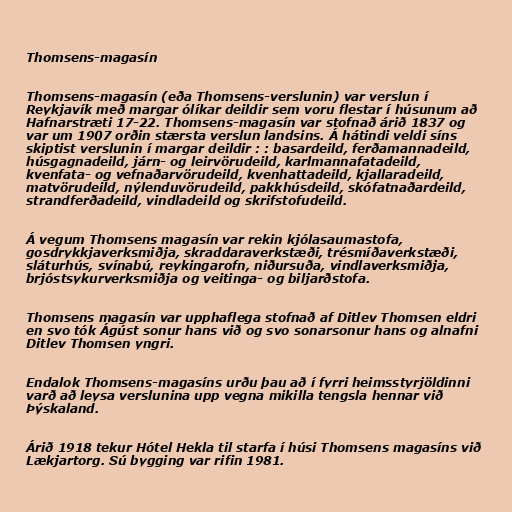
Thomsens-magasín

Thomsens-magasín (eða Thomsens-verslunin) var verslun í
Reykjavík með margar ólíkar deildir sem voru flestar í húsunum að
Hafnarstræti 17-22. Thomsens-magasín var stofnað árið 1837 og
var um 1907 orðin stærsta verslun landsins. Á hátindi veldi síns
skiptist verslunin í margar deildir : : basardeild, ferðamannadeild,
húsgagnadeild, járn- og leirvörudeild, karlmannafatadeild,
kvenfata- og vefnaðarvörudeild, kvenhattadeild, kjallaradeild,
matvörudeild, nýlenduvörudeild, pakkhúsdeild, skófatnaðardeild,
strandferðadeild, vindladeild og skrifstofudeild.

Á vegum Thomsens magasín var rekin kjólasaumastofa,
gosdrykkjaverksmiðja, skraddaraverkstæði, trésmíðaverkstæði,
sláturhús, svínabú, reykingarofn, niðursuða, vindlaverksmiðja,
brjóstsykurverksmiðja og veitinga- og biljarðstofa.

Thomsens magasín var upphaflega stofnað af Ditlev Thomsen eldri
en svo tók Ágúst sonur hans við og svo sonarsonur hans og alnafni
Ditlev Thomsen yngri.

Endalok Thomsens-magasíns urðu þau að í fyrri heimsstyrjöldinni
varð að leysa verslunina upp vegna mikilla tengsla hennar við
Þýskaland.

Árið 1918 tekur Hótel Hekla til starfa í húsi Thomsens magasíns við
Lækjartorg. Sú bygging var rifin 1981.